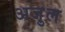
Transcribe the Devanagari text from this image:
अजु़ल